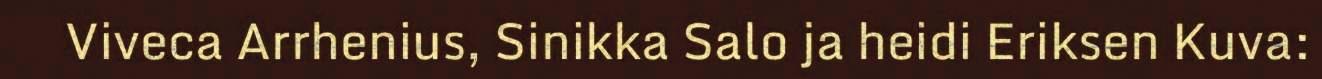
Viveca Arrhenius, Sinikka Salo ja heidi Eriksen Kuva: